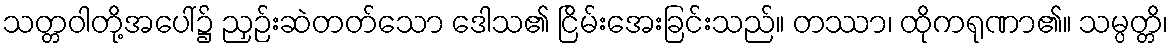
သတ္တဝါတို့အပေါ်၌ ညှဉ်းဆဲတတ်သော ဒေါသ၏ ငြိမ်းအေးခြင်းသည်။ တဿာ၊ ထိုကရုဏာ၏။ သမ္ပတ္တိ၊